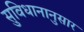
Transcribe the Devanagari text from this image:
सुविधानानुसार